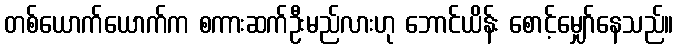
တစ်ယောက်ယောက်က စကားဆက်ဦးမည်လားဟု ဘောင်ယိန်း စောင့်မျှော်နေသည်။